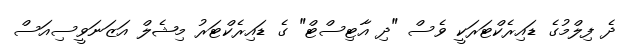
ދެ ފިލްމުގެ ޑައިރެކްޓަރަކީ ވެސް "ދި އާޓިސްޓް" ގެ ޑައިރެކްޓަރު މިޝެލް އަޒަނަވީސިއަސް